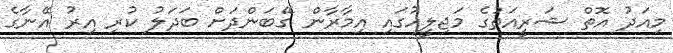
މިއަދު އޮތް ޝަރީއަތުގެ މަޖިލީހުގައި އިމާރާން ގޭބަންދަށް ބަދަލު ކުރި އިރު އޭނާގެ